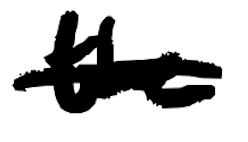
Text: the
Cross-out: single-line
Writing tool: digital_black